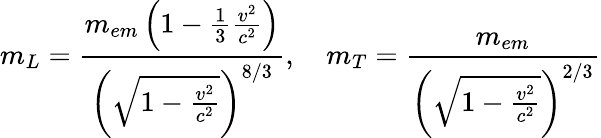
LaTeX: m_{L}={\frac{m_{em}\left(1-{\frac{1}{3}}{\frac{v^{2}}{c^{2}}}\right)}{\left({\sqrt{1-{\frac{v^{2}}{c^{2}}}}}\right)^{8/3}}},\quad m_{T}={\frac{m_{em}}{\left({\sqrt{1-{\frac{v^{2}}{c^{2}}}}}\right)^{2/3}}}